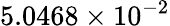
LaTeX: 5.0468\times 10^{-2}